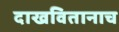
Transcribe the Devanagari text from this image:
दाखवितानाच